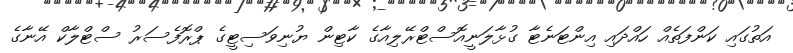
އަތުގައި ކަންފަތެއް ހައްދައި އިންޓަނެޓާ ގުޅާލަނީއޮސްޓްރޭލިއާގެ ކާޓިން ޔުނިވަސިޓީގެ ޕްރޮފެސަރު ސްޓްލާކް އޭނާގެ